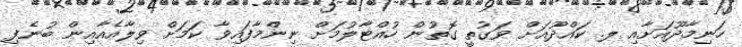
ހަނިމާދޫއަށާއި ލ. ކައްދޫއަށް ވަގުތީ ގޮތުން ހުއްޓާލުމަށް ނިންމާފައިވާ ކަމަށް ވިލާއެއާއިން ބުނެފި